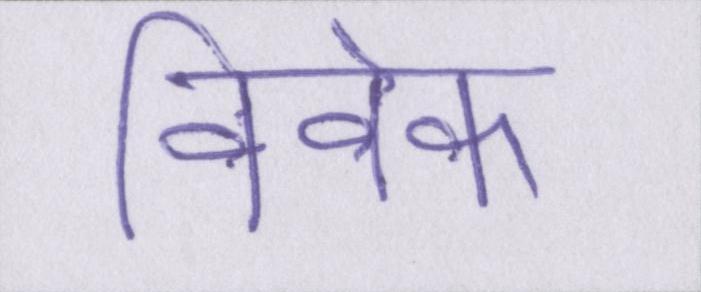
विवेक